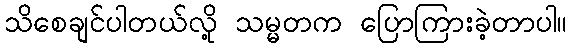
သိစေချင်ပါတယ်လို့ သမ္မတက ပြောကြားခဲ့တာပါ။